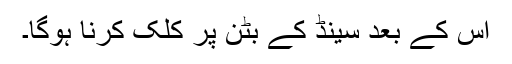
اس کے بعد سینڈ کے بٹن پر کلک کرنا ہوگا۔